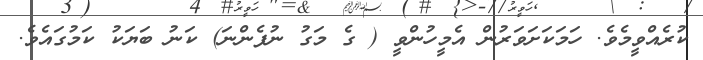
ކުރެއްވީމެވެ. ހަމަކަށަވަރުން އެމީހުންވީ ( ގެ މަގު ނުފެންނަ) ކަނު ބަޔަކު ކަމުގައެވެ.